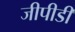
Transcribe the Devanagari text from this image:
जीपीडी